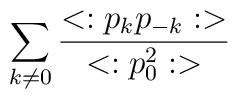
\sum_{k \neq 0}  {{<:p_k p_{-k}:>} \over {<:p_0^2:>}}